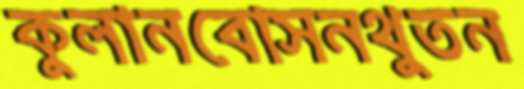
কুলানবোসনথুতন